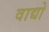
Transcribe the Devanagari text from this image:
वाद्यो